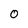
Character: 0